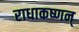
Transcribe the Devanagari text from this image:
राधाकष्णन्